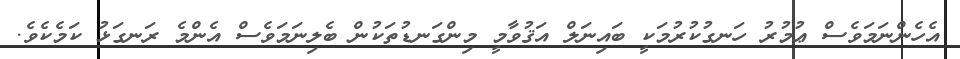
އެހެންނަމަވެސް ޢުމުރު ހަނގުކުރުމަކީ ބައިނަލް އަޤުވާމީ މިންގަނޑުތަކުން ބެލިނަމަވެސް އެންމެ ރަނގަޅު ކަމެކެވެ.